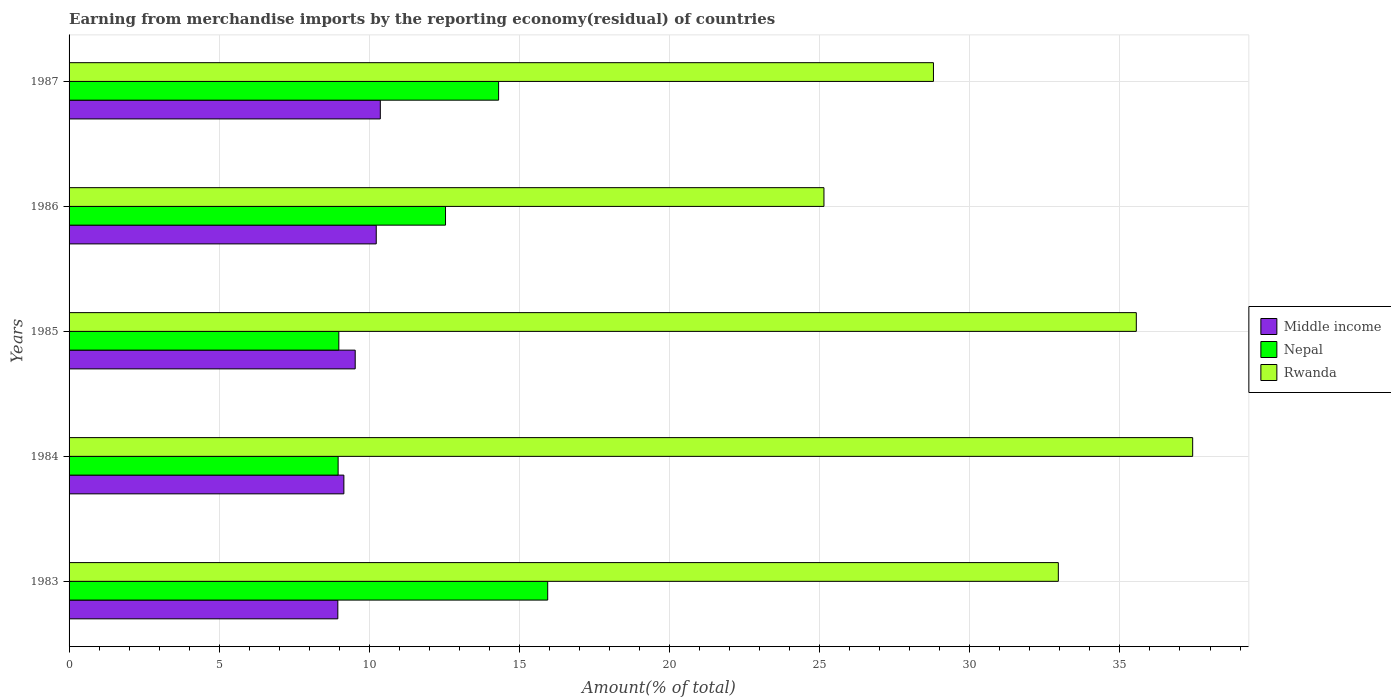
| Years | Middle income | Nepal | Rwanda |
 | --- | --- | --- | --- |
 | 1983 | 8.95 | 15.9 | 32.9 |
 | 1984 | 9.15 | 8.96 | 37.4 |
 | 1985 | 9.53 | 8.98 | 35.5 |
 | 1986 | 10.2 | 12.5 | 25.1 |
 | 1987 | 10.4 | 14.3 | 28.8 |